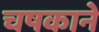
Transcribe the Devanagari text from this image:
चषकाने